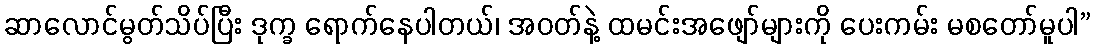
ဆာလောင်မွတ်သိပ်ပြီး ဒုက္ခ ရောက်နေပါတယ်၊ အဝတ်နဲ့ ထမင်းအဖျော်များကို ပေးကမ်း မစတော်မူပါ”